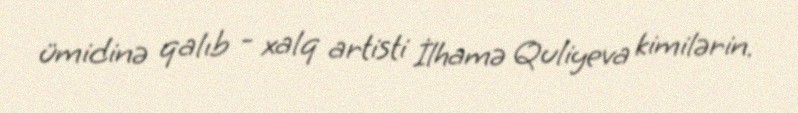
ümidinə qalıb - xalq artisti İlhamə Quliyeva kimilərin.